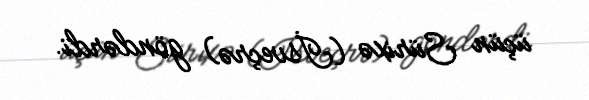
üçün Sürixə (İsveçrə) göndərdi.